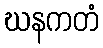
ဃနကတံ